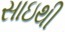
સાઇથી